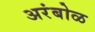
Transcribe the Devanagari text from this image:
अरंबोळ